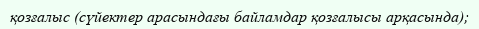
қозғалыс (сүйектер арасындағы байламдар қозғалысы арқасында);